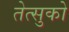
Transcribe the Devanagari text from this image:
तेत्सुको